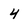
Character: 4